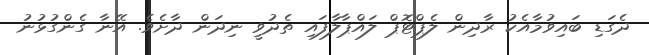
ދެގަޑި ބައިވުމާއެކު ރާދިން ލެޕްޓޮޕް ލައްޕާލާފައި ތެދުވީ ނިދަން ދާށެވެ. އޭނާ ގެންގުޅުނު